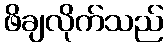
ဖိချလိုက်သည်